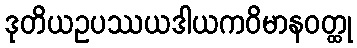
ဒုတိယဥပဿယဒါယကဝိမာနဝတ္ထု